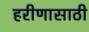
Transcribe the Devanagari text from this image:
हरीणासाठी